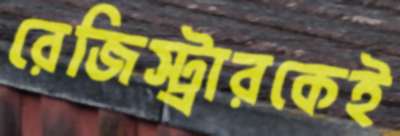
রেজিস্ট্রারকেই